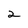
Character: 2